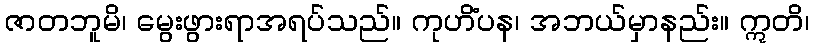
ဇာတဘူမိ၊ မွေးဖွားရာအရပ်သည်။ ကုဟိံပန၊ အဘယ်မှာနည်း။ ဣတိ၊